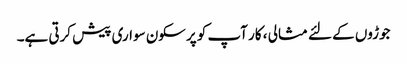
جوڑوں کے لئے مثالی ، کار آپ کو پرسکون سواری پیش کرتی ہے۔